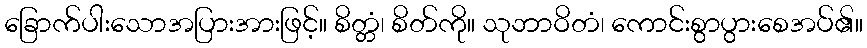
ခြောက်ပါးသောအပြားအားဖြင့်။ စိတ္တံ၊ စိတ်ကို။ သုဘာဝိတံ၊ ကောင်းစွာပွားစေအပ်၏။